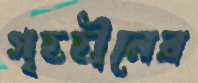
গৃহহীনের